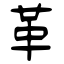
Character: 革